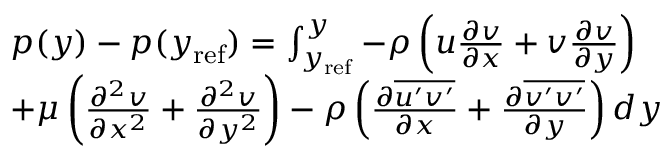
\begin{array} { r l } & { p ( y ) - p ( y _ { \mathrm { r e f } } ) = \int _ { y _ { \mathrm { r e f } } } ^ { y } { - \rho \left( u \frac { \partial v } { \partial x } + v \frac { \partial v } { \partial y } \right) } } \\ & { + \mu \left( \frac { \partial ^ { 2 } v } { \partial x ^ { 2 } } + \frac { \partial ^ { 2 } v } { \partial y ^ { 2 } } \right) - \rho \left( \frac { \partial \overline { { u ^ { \prime } v ^ { \prime } } } } { \partial x } + \frac { \partial \overline { { v ^ { \prime } v ^ { \prime } } } } { \partial y } \right) d y } \end{array}